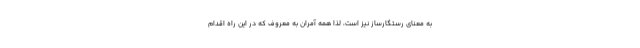
به معنای رستگارساز نیز است، لذا همه آمران به معروف که در این راه اقدام